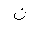
Letter: _non